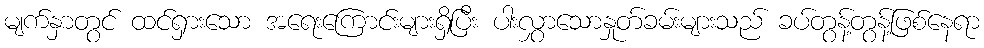
မျက်နှာတွင် ထင်ရှားသော အရေးကြောင်းများရှိပြီး ပါးလွှာသောနှုတ်ခမ်းများသည် ခပ်တွန့်တွန့်ဖြစ်နေရာ